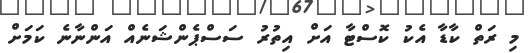
މި ރަތް ކާޑާ އެކު ކޮސްޓާ އަށް އިތުރު ސަސްޕެންޝަނެއް އަންނާނެ ކަަމަށް